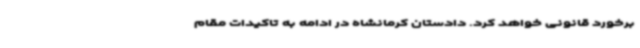
برخورد قانونی خواهد کرد. دادستان کرمانشاه در ادامه به تاکیدات مقام